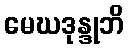
မေဃဒုန္ဒုဘိ